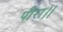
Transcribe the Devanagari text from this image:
पीरा।।